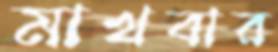
মাখবার